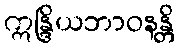
ဣန္ဒြိယဘာဝနန္တိ